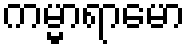
ကမ္မာရာမော